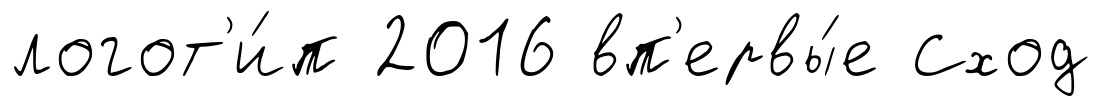
логот'и́п 2016 вп'ервы́е Сход